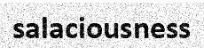
salaciousness